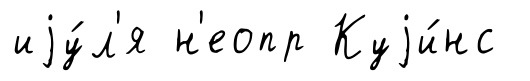
иjу́л'я н'еопр Куjи́нс